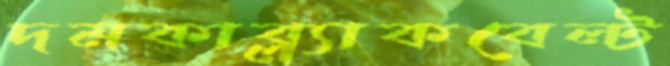
দমকাব্ল্যাকবেল্ট